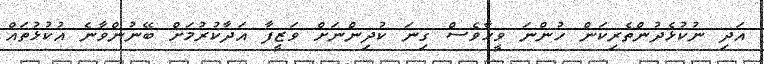
އަދި ނުކުޅެދުންތެރިކަން ހުންނަ ވީހާވެސް ގިނަ ކުދިންނަށް ވަޒީފާ އަދާކުރުމަށް ބޭނުންވާނެ އުކުޅުތައް